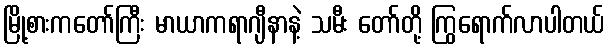
မြို့စားကတော်ကြီး မာယာကရာဂျီနာနဲ့ သမီး တော်တို့ ကြွရောက်လာပါတယ်